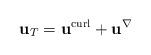
LaTeX: \begin{align*}\mathbf{u}_{T}=\mathbf{u}^{\operatorname*{curl}}+\mathbf{u}^{\nabla}\end{align*}